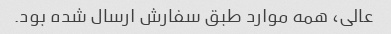
عالی، همه موارد طبق سفارش ارسال شده بود.